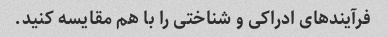
فرآیندهای ادراکی و شناختی را با هم مقایسه کنید.